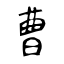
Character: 曹